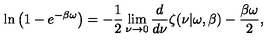
\ln \left( 1 - e ^ { - \beta \omega } \right) = - \frac 1 2 \lim _ { \nu \rightarrow 0 } { \frac { d } { d \nu } } \zeta ( \nu | \omega , \beta ) - { \frac { \beta \omega } { 2 } } ,